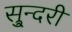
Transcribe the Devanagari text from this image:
सु्न्दरी